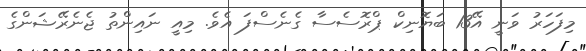
މިފަހަރު ވަނީ އޭ13 ބަޔޮނިކް ޕްރޮސެސާ ގެނެސްފަ އެވެ. މިއީ ނައިންތު ޖެނެރޭޝަންގެ